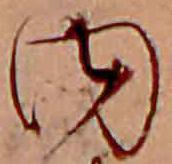
内